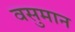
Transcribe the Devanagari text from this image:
वसुमान